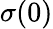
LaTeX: \sigma(0)